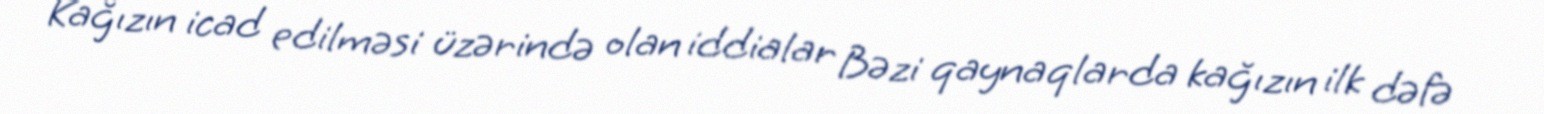
Kağızın icad edilməsi üzərində olan iddialar Bəzi qaynaqlarda kağızın ilk dəfə